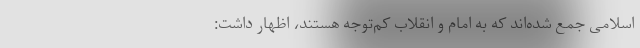
اسلامی جمع شده‌اند که به امام و انقلاب کم‌توجه هستند،‌ اظهار داشت: